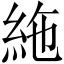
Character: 絁